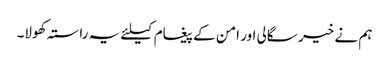
ہم نے خیر سگالی اور امن کے پیغام کیلئے یہ راستہ کھولا۔